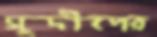
সুদীপের